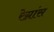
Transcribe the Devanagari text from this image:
रेग्नांस